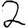
Digit: 2